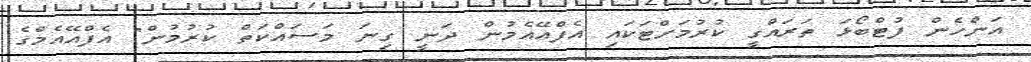
އަންހެން ފުޓްބޯޅަ ތަރައްގީ ކުރުމަށްޓަކައި އެފްއޭއެމުން ދަނީ ގިނަ މަސައްކަތް ކުރުމުން" އެފްއޭއެމްގެ